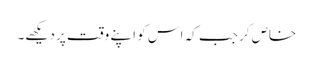
خاص کر جب کہ اس کو اپنے وقت پر دیکھے۔